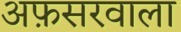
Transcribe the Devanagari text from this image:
अफ़सरवाला